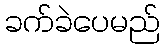
ခက်ခဲပေမည်